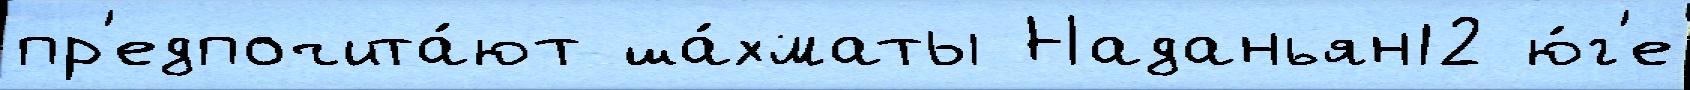
пр'едпочита́ют ша́хматы Наданьян12 ю́г'е